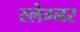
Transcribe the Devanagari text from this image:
स्लेग्नर